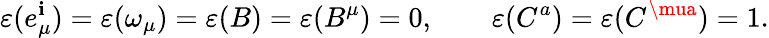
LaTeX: \varepsilon(e_{\mu}^{\mathbf{i}})=\varepsilon(\omega_{\mu})=\varepsilon(B)=\varepsilon(B^{\mu})=0,\qquad\varepsilon(C^{a})=\varepsilon(C^{\mua})=1.